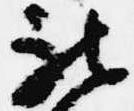
被